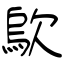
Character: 歍